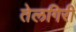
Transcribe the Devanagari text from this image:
तेलगिरी